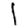
Digit: 1